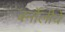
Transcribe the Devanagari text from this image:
बर्नोलीचे